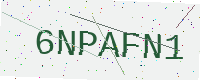
Text: 6NPAFN1